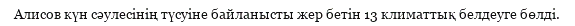
Алисов күн сәулесінің түсуіне байланысты жер бетін 13 климаттық белдеуге бөлді.